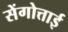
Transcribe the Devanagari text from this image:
सेंगोत्ताई